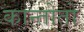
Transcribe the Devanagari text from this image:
कान्तोतो